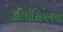
કોલોસિયમના